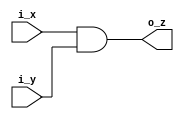
`timescale 1ns / 1ps
//////////////////////////////////////////////////////////////////////////////////
// Company: 
// Engineer: 
// 
// Design Name: 
// Module Name:    and 
// Project Name: 
// Target Devices: 
// Tool versions: 
// Description: 
//
// Dependencies: 
//
// Revision: 
// Revision 0.01 - File Created
// Additional Comments: 
//
//////////////////////////////////////////////////////////////////////////////////
module mand#(parameter N = 1)(
	input wire [N-1:0]i_x,
	input wire [N-1:0]i_y,
	output reg [N-1:0]o_z
    );
	 
	 always@(*)
	 begin
	 o_z = i_x & i_y;
	 end


endmodule